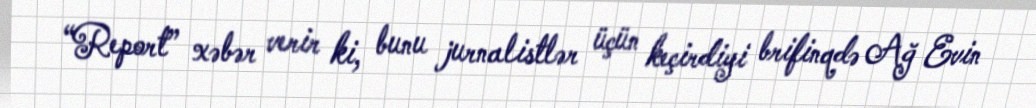
“Report” xəbər verir ki, bunu jurnalistlər üçün keçirdiyi brifinqdə Ağ Evin